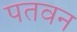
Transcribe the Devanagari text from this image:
पतवन